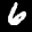
Label: 6